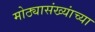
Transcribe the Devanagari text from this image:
मोठ्यासंख्यांच्या